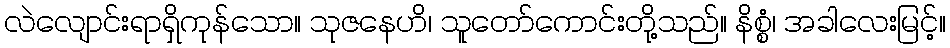
လဲလျောင်းရာရှိကုန်သော။ သုဇနေဟိ၊ သူတော်ကောင်းတို့သည်။ နိစ္စံ၊ အခါလေးမြင့်။